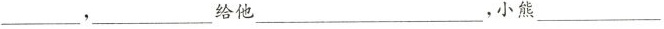
___，___给他___，小熊___